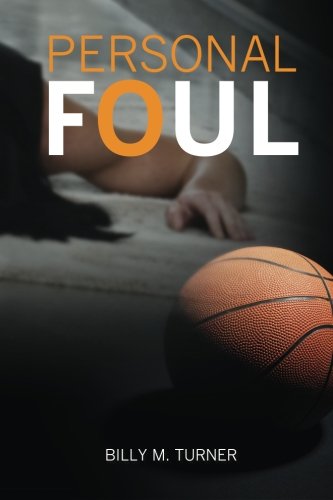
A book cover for Personal Foul; Billy M Turner; Mystery, Thriller & Suspense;